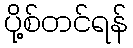
ပို့စ်တင်ရန်